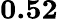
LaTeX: \mathbf{0.52}